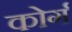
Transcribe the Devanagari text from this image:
कोर्ग